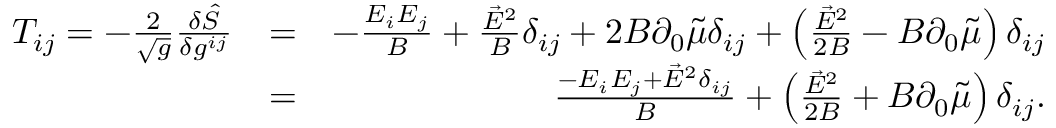
\begin{array} { r l r } { T _ { i j } = - \frac { 2 } { \sqrt { g } } \frac { \delta \hat { S } } { \delta g ^ { i j } } } & { = } & { - \frac { E _ { i } E _ { j } } { B } + \frac { \vec { E } ^ { 2 } } { B } \delta _ { i j } + 2 B \partial _ { 0 } \tilde { \mu } \delta _ { i j } + \left( \frac { \vec { E } ^ { 2 } } { 2 B } - B \partial _ { 0 } \tilde { \mu } \right) \delta _ { i j } } \\ & { = } & { \frac { - E _ { i } E _ { j } + \vec { E } ^ { 2 } \delta _ { i j } } { B } + \left( \frac { \vec { E } ^ { 2 } } { 2 B } + B \partial _ { 0 } \tilde { \mu } \right) \delta _ { i j } . } \end{array}